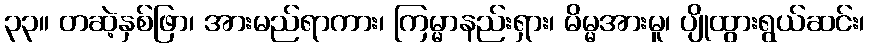
၃၃။ တဆဲ့နှစ်ဖြာ၊ အားမည်ရာကား၊ ကြမ္မာနည်းရှား၊ မိမ္မအားမူ၊ ပျိုထွားရွယ်ဆင်း၊